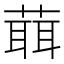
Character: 𦻙